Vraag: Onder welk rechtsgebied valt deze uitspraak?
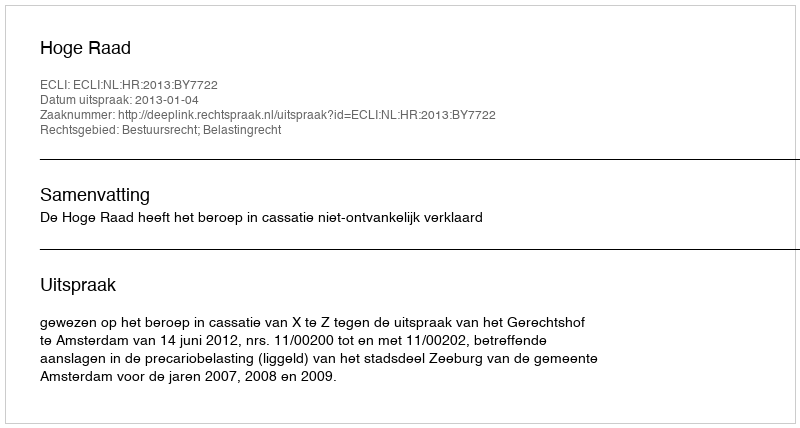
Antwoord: Bestuursrecht; Belastingrecht